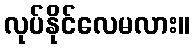
လုပ်နိုင်လေမလား။